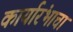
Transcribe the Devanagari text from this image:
कार्यारंभाचा